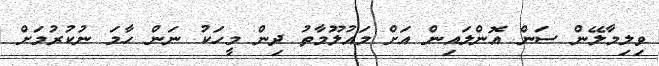
ވިލިމާލޭން ސަން އޮންލައިން އަށް މައުލޫމާތު ދިން މީހަކު ނަން ހާމަ ނުކުރުމަށް